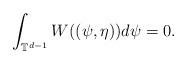
LaTeX: \begin{align*}\int_{\mathbb{T}^{d-1}} W((\psi, \eta)) d\psi =0.\end{align*}